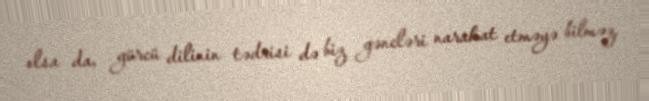
olsa da, gürcü dilinin tədrisi də biz gəncləri narahat etməyə bilməz.